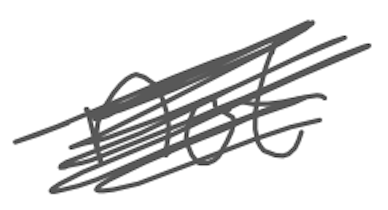
Text: not
Cross-out: scratch
Writing tool: digital_gray